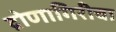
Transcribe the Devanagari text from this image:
द्रोणागिरीचा